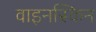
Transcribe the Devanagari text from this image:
वाइनस्किन